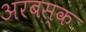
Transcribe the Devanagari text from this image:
अरबस्क